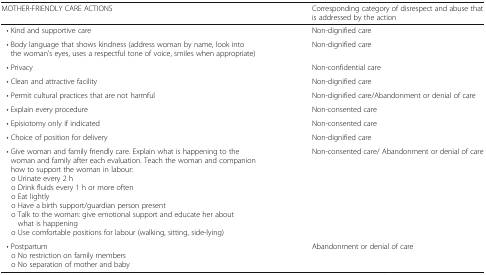
<table><thead><tr><td><b>MOTHER-FRIENDLY CARE ACTIONS</b></td><td><b>Corresponding category of disrespect and abuse that is addressed by the action</b></td></tr></thead><tbody><tr><td> • Kind and supportive care</td><td>Non-dignified care</td></tr><tr><td> • Body language that shows kindness (address woman by name, look into the woman’s eyes, uses a respectful tone of voice, smiles when appropriate)</td><td>Non-dignified care</td></tr><tr><td> • Privacy</td><td>Non-confidential care</td></tr><tr><td> • Clean and attractive facility</td><td>Non-dignified care</td></tr><tr><td> • Permit cultural practices that are not harmful</td><td>Non-dignified care/Abandonment or denial of care</td></tr><tr><td> • Explain every procedure</td><td>Non-consented care</td></tr><tr><td> • Episiotomy only if indicated</td><td>Non-consented care</td></tr><tr><td> • Choice of position for delivery</td><td>Non-dignified care</td></tr><tr><td> • Give woman and family friendly care. Explain what is happening to the woman and family after each evaluation. Teach the woman and companion how to support the woman in labour: o Urinate every 2 h o Drink fluids every 1 h or more often o Eat lightly o Have a birth support/guardian person present o Talk to the woman: give emotional support and educate her about what is happening o Use comfortable positions for labour (walking, sitting, side-lying)</td><td>Non-consented care/ Abandonment or denial of care</td></tr><tr><td> • Postpartum o No restriction on family members o No separation of mother and baby</td><td>Abandonment or denial of care</td></tr></tbody></table>